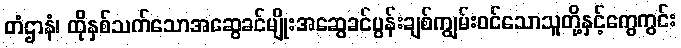
တံဌာနံ၊ ထိုနှစ်သက်သောအဆွေခင်မျိုးအဆွေခင်ပွန်းချစ်ကျွမ်းဝင်သောသူတို့နှင့်ကွေကွင်း